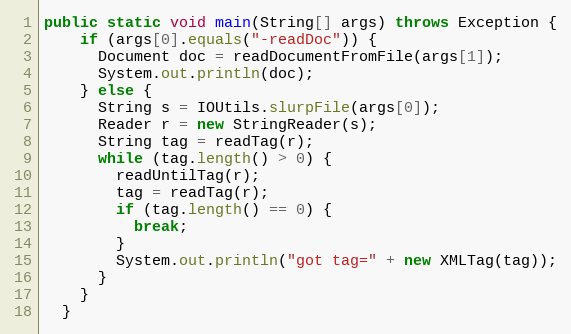
Language: Java
public static void main(String[] args) throws Exception {
    if (args[0].equals("-readDoc")) {
      Document doc = readDocumentFromFile(args[1]);
      System.out.println(doc);
    } else {
      String s = IOUtils.slurpFile(args[0]);
      Reader r = new StringReader(s);
      String tag = readTag(r);
      while (tag.length() > 0) {
        readUntilTag(r);
        tag = readTag(r);
        if (tag.length() == 0) {
          break;
        }
        System.out.println("got tag=" + new XMLTag(tag));
      }
    }
  }